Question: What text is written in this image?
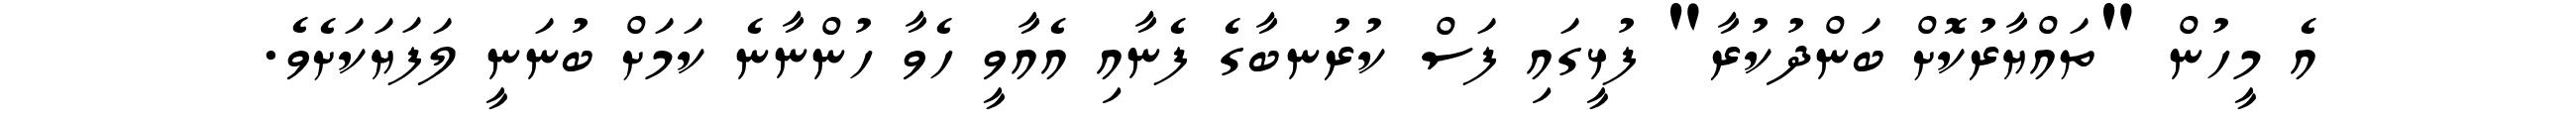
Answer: އެ މީހުން "ތައްޔާރުކޮށް ބަންދުކުރާ" ފުޅީގައި ފަސް ކުރުނބާގެ ފެނާއި އެއާވީ ހެވާ ހުންނާނެ ކަމަށް ބުނަނީ ލަފަޔަކަށެވެ.